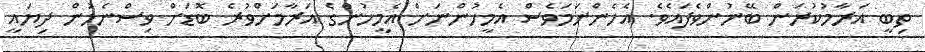
ތިބީ އަރާމުކުރަން ބޭނުންވެފައެވެ. އެހެންނަމަވެސް އެމީހުންނަށް އެމީހުންގެ އަރާމަށްވުރެ ބޮޑަށް ވިސްނެމުން ދިޔައީ